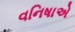
વનિષાએ